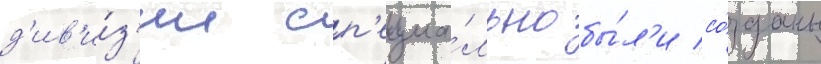
д'ив'и́з'ии сп'ециа́льно бы́л'и со́зданы